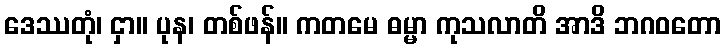
ဒေဿတုံ၊ ငှာ။ ပုန၊ တစ်ဖန်။ ကတမေ ဓမ္မာ ကုသလာတိ အာဒိ ဘဂဝတော